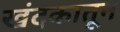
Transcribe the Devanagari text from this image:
खंदकातून